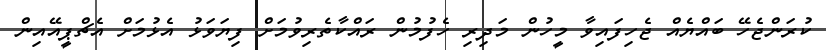
ކުރަންޖެހޭ ބައްޔެއް ޖެހިފައިވާ މީހުން މަދިރި ހެފުމުން ރައްކާތެރިވުމަށް ފިޔަވަޅު އެޅުމަށް އެޗްޕީއޭއިން